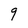
Character: 9